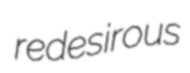
redesirous